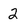
Character: 2